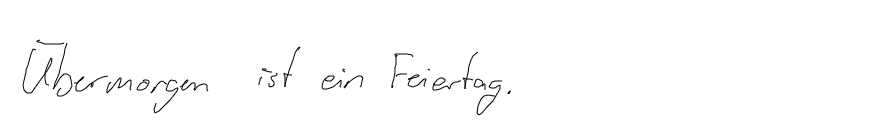
Übermorgen ist ein Feiertag.